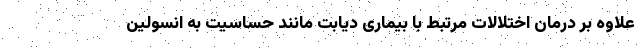
علاوه بر درمان اختلالات مرتبط با بیماری دیابت مانند حساسیت به انسولین